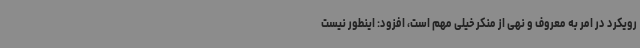
رویکرد در امر به معروف و نهی از منکر خیلی مهم است، افزود: اینطور نیست